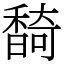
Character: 䭲